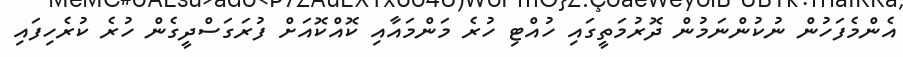
އެންމެފަހުން ނުކުންނަމުން ދޮރުމަތީގައި ހުއްޓި ހުރެ މަންމައާއި ކޮއްކޮއަށް ފުރަގަސްދީގެން ހުރެ ކުރެހިފައި